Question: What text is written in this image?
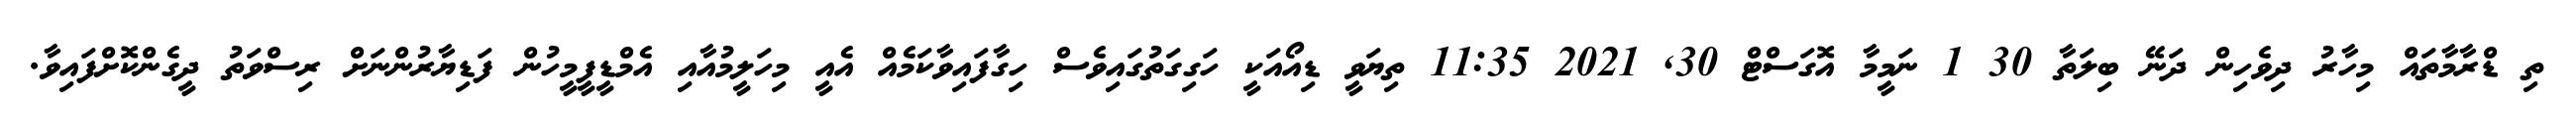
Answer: ތި ޑްރާމާތައް މިހާރު ދިވެހިން ދަނޭ ބިލަތާ 30 1 ނަމީމާ އޮގަސްޓް 30, 2021 11:35 ތިޔަވީ ޑިއޯއަކީ ހަގިގަތުގައިވެސް ހިގާފައިވާކަމެއް އެއީ މިހަލީމުއާއި އެމްޑީފީމީހުން ފަޑިޔާރުންނަށް ރިސްވަތު ދީގެންކޮށްފައިވާ.